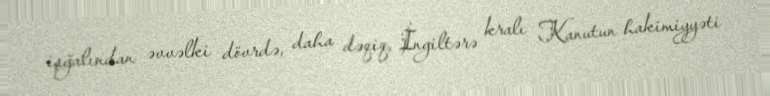
işğalından əvvəlki dövrdə, daha dəqiq, İngiltərə kralı Kanutun hakimiyyəti